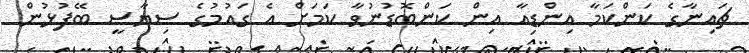
ޗައިނާގެ ކަންކަމާ އިންޑިއާ އިން ކަންބޮޑުނުވާ ކަމަށް އެ ގައުމުގެ ސިޔާސީ ބޭފުޅުން